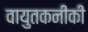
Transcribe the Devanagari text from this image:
वायुतकनीकी